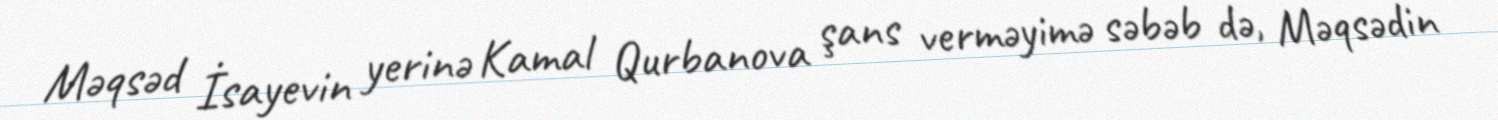
Məqsəd İsayevin yerinə Kamal Qurbanova şans verməyimə səbəb də, Məqsədin